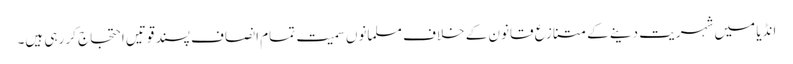
انڈیا میں شہریت دینے کے متنازع قانون کے خلاف مسلمانوں سمیت تمام انصاف پسند قوتیں احتجاج کر رہی ہیں۔